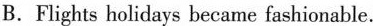
B.Flights holidays became fashionable.